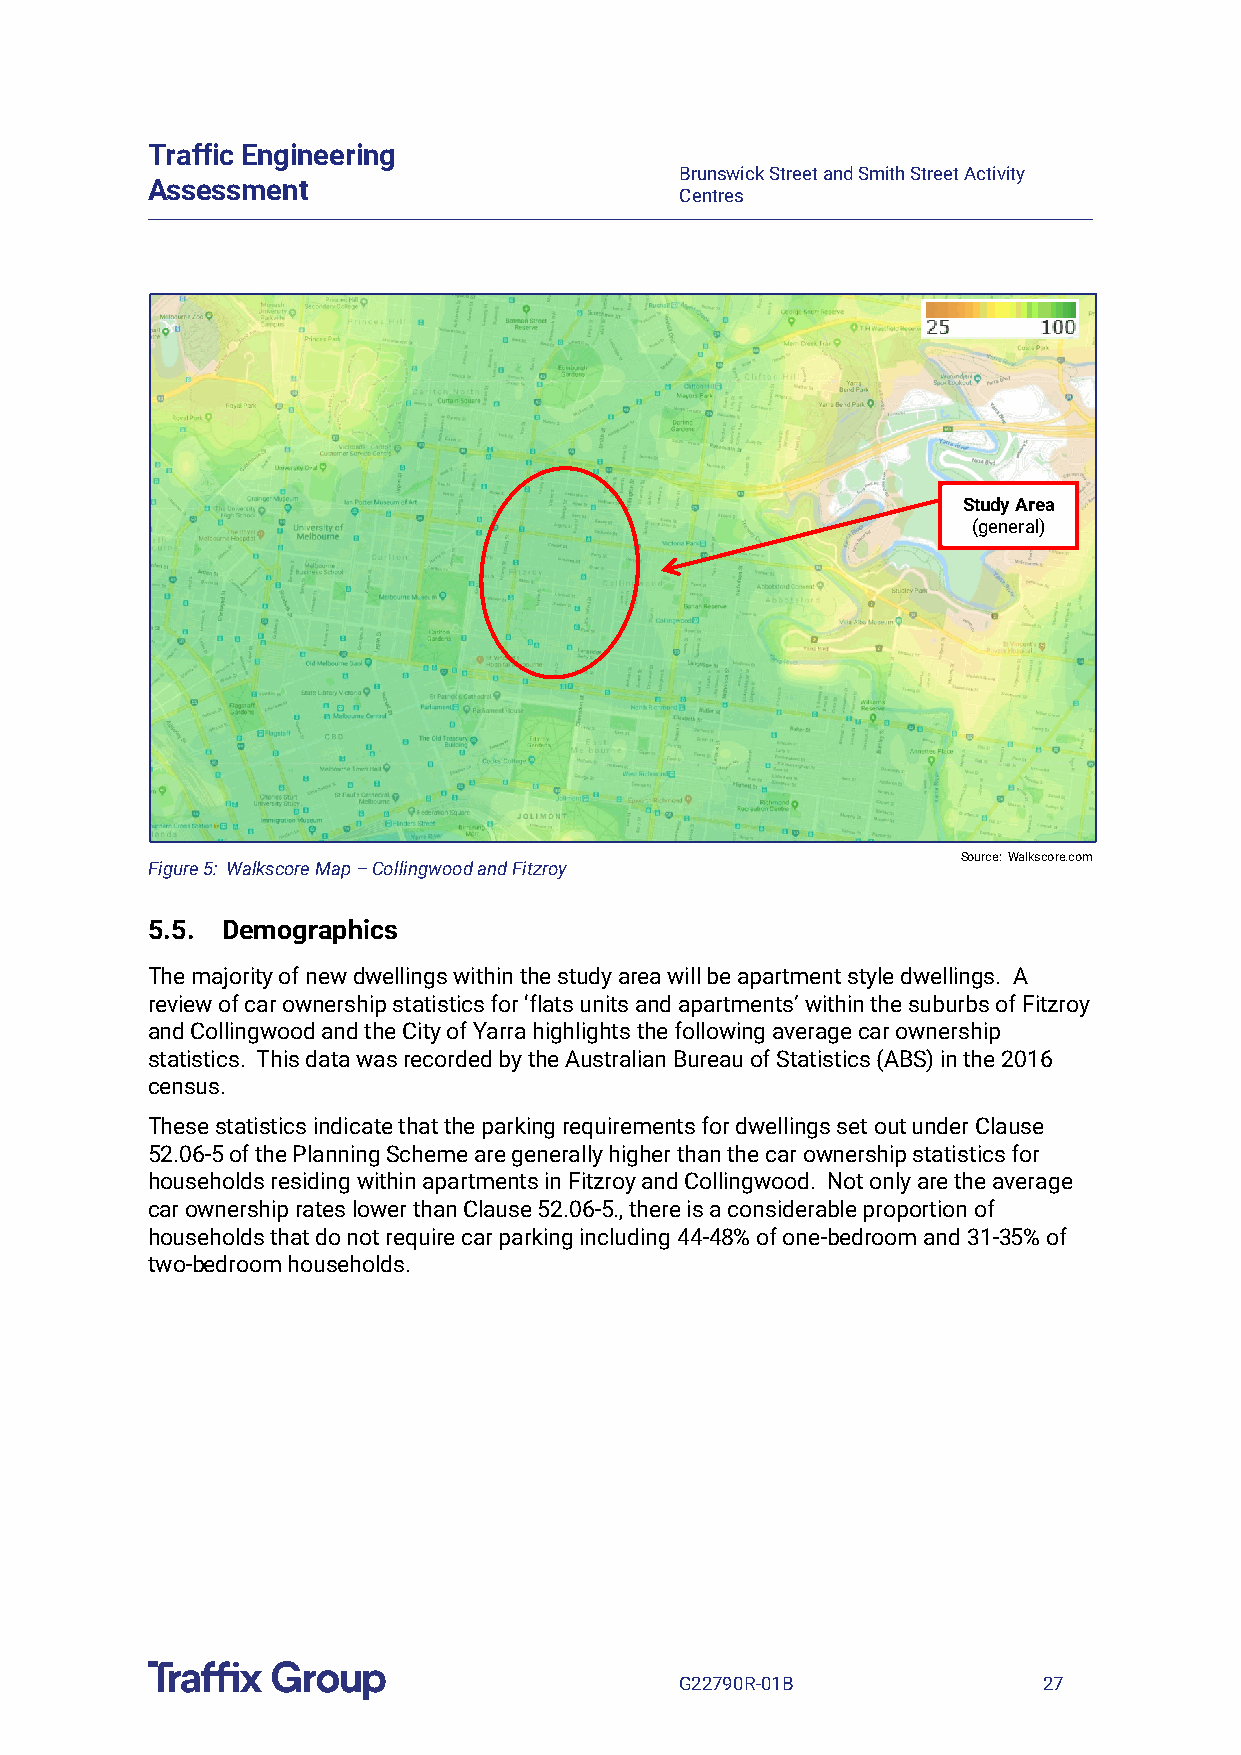
Traffic Engineering
 Brunswick Street and Smith Street Activity
 Assessment
 Centres
 Study Area
 (general)
 Source: Walkscore.com
 Figure 5: Walkscore Map – Collingwood and Fitzroy
 5.5. Demographics
 The majority of new dwellings within the study area will be apartment style dwellings. A
 review of car ownership statistics for ‘flats units and apartments’ within the suburbs of Fitzroy
 and Collingwood and the City of Yarra highlights the following average car ownership
 statistics. This data was recorded by the Australian Bureau of Statistics (ABS) in the 2016
 census.
 These statistics indicate that the parking requirements for dwellings set out under Clause
 52.06-5 of the Planning Scheme are generally higher than the car ownership statistics for
 households residing within apartments in Fitzroy and Collingwood. Not only are the average
 car ownership rates lower than Clause 52.06-5., there is a considerable proportion of
 households that do not require car parking including 44-48% of one-bedroom and 31-35% of
 two-bedroom households.
 G22790R-01B             27